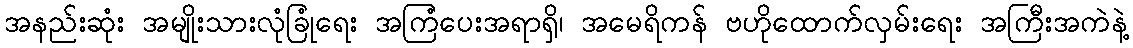
အနည်းဆုံး အမျိုးသားလုံခြုံရေး အကြံပေးအရာရှိ၊ အမေရိကန် ဗဟိုထောက်လှမ်းရေး အကြီးအကဲနဲ့